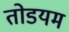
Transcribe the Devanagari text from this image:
तोडयम